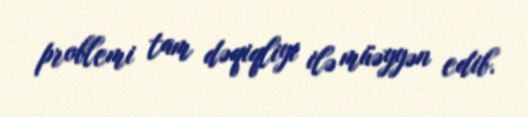
problemi tam dəqiqliyi ilə müəyyən edib.